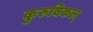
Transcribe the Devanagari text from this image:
कुरुविकल्